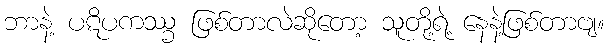
ဘာနဲ့ ပဋိပကဿ္ခ ဖြစ်တာလဲဆိုတော့ သူတို့ရဲ့ နေနဲ့ဖြစ်တာဗျ။